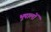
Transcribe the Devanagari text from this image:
भूपालों